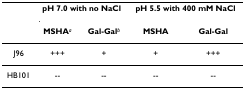
<table><thead><tr><td></td><td colspan="2"><b>pH 7.0 with no NaCl</b></td><td colspan="2"><b>pH 5.5 with 400 mM NaCl</b></td></tr><tr><td></td><td><b>MSHA<sup><i>a</i></sup></b></td><td><b>Gal-Gal<sup><i>b</i></sup></b></td><td><b>MSHA</b></td><td><b>Gal-Gal</b></td></tr></thead><tbody><tr><td>J96</td><td>+++</td><td>+</td><td>+</td><td>+++</td></tr><tr><td>HB101</td><td>--</td><td>--</td><td>--</td><td>--</td></tr></tbody></table>